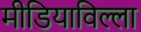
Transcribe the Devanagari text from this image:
मीडियाविल्ला